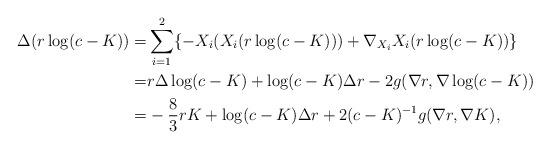
LaTeX: \begin{align*}\Delta(r\log(c-K))=&\sum_{i=1}^2\{-X_i(X_i(r\log(c-K)))+\nabla_{X_i}X_i(r\log(c-K))\}\\=&r\Delta\log(c-K)+\log(c-K)\Delta r-2g(\nabla r,\nabla\log(c-K))\\=&-\frac{8}{3}rK+\log(c-K)\Delta r+2(c-K)^{-1}g(\nabla r,\nabla K),\end{align*}